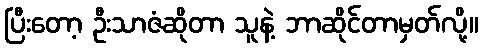
ပြီးတော့ ဦးသာဇံဆိုတာ သူနဲ့ ဘာဆိုင်တာမှတ်လို့။